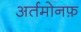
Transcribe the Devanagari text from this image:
अर्तमोनफ़